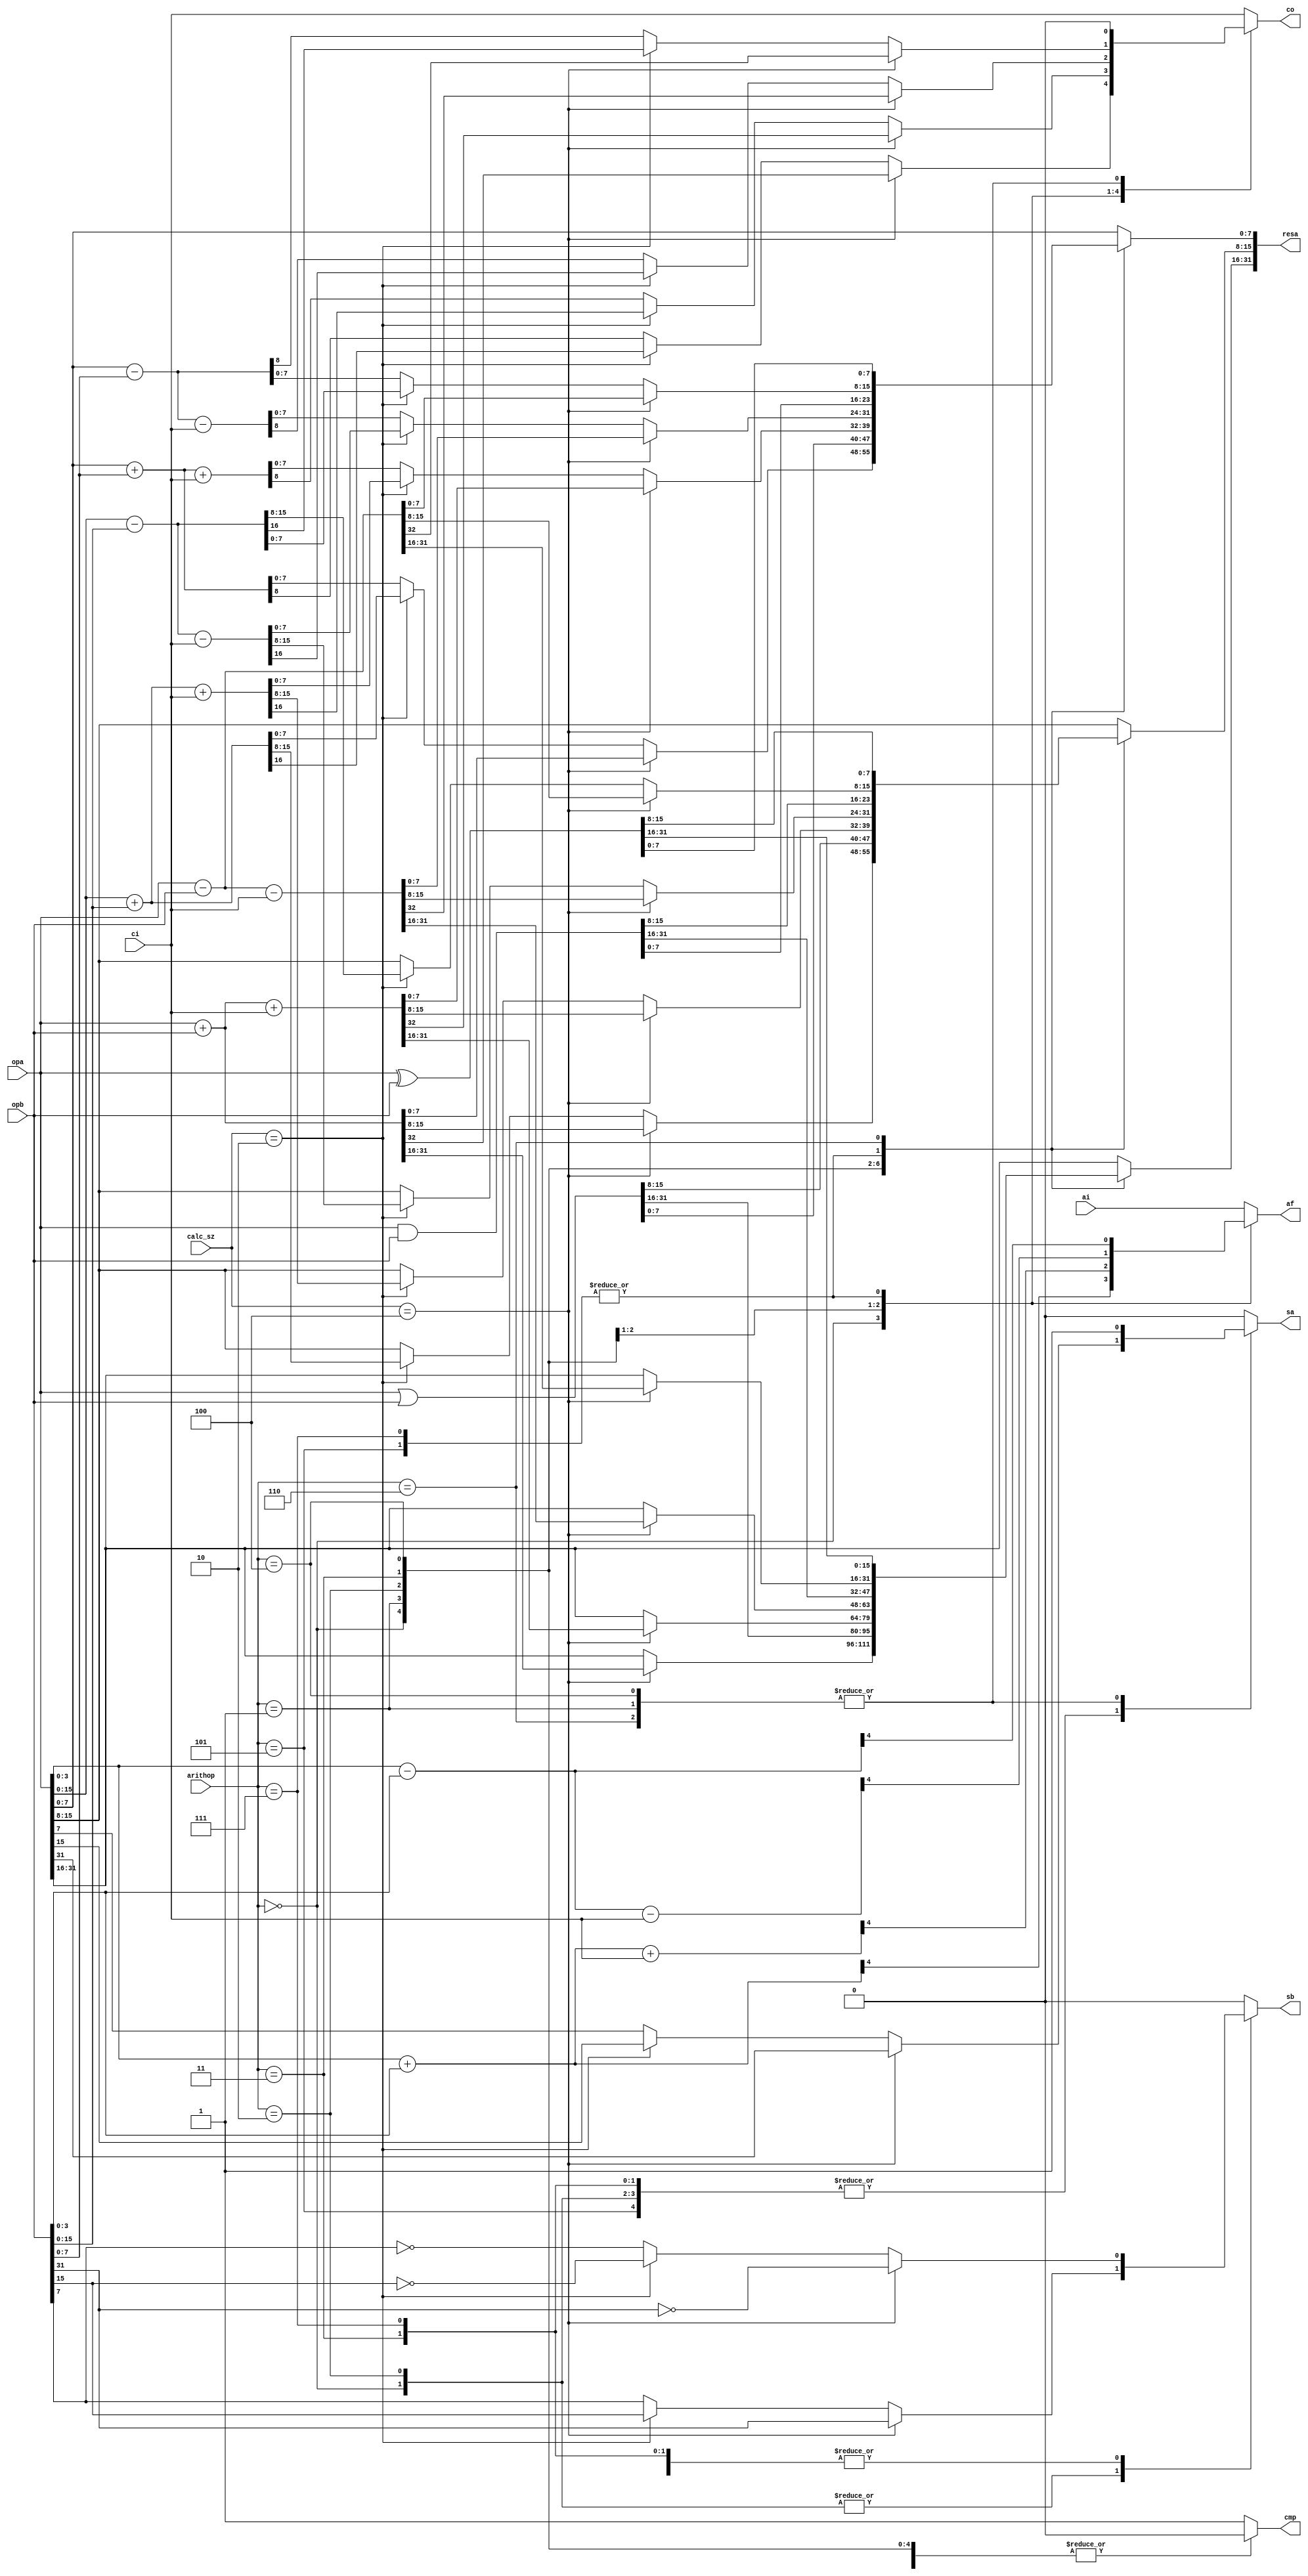
/* verilator lint_off WIDTH */
/* verilator lint_off UNUSED */
/* verilator lint_off COMBDLY */

module arithbox (arithop,calc_sz,ci,co,af,ai,sa,sb,opa,opb,resa,cmp);

input       [3:0] arithop;
input       [3:0] calc_sz;
input      [31:0] opa,opb;
output reg [31:0] resa;
input         ci,ai;
output reg    co,af,sa,sb,cmp;

wire        [4:0] af2,af3,af4,af5;

assign af2 = opa[3:0]+opb[3:0];
assign af3 = opa[3:0]+opb[3:0]+ci;
assign af4 = opa[3:0]-opb[3:0];
assign af5 = opa[3:0]-opb[3:0]-ci;

always @(*)
      case (arithop)
         4'b0000 : if (calc_sz==4) begin {co,resa[31:0]} <= opa[31:0] + opb[31:0]; sa<=opa[31]; sb<=opb[31]; af <= af2[4];                            cmp <=0; end else
        	   if (calc_sz==2) begin {co,resa[15:0]} <= opa[15:0] + opb[15:0]; sa<=opa[15]; sb<=opb[15]; af <= af2[4]; resa[31:16] <= opa[31:16]; cmp <=0; end else
        	    	           begin {co,resa[ 7:0]} <= opa[ 7:0] + opb[ 7:0]; sa<=opa[ 7]; sb<=opb[ 7]; af <= af2[4]; resa[31: 8] <= opa[31: 8]; cmp <=0; end // add
        	   
         4'b0001 :                 begin     resa[31:0]  <= opa[31:0] | opb[31:0]; sa<=     1 ; sb<= 0     ; af <= ai    ; co <= 0;   cmp <=0; end // or
         
         4'b0010 : if (calc_sz==4) begin {co,resa[31:0]} <= opa[31:0] + opb[31:0] + ci; sa<=opa[31]; sb<=opb[31]; af <= af3[4]; 			   cmp <=0; end else
        	   if (calc_sz==2) begin {co,resa[15:0]} <= opa[15:0] + opb[15:0] + ci; sa<=opa[15]; sb<=opb[15]; af <= af3[4]; resa[31:16] <= opa[31:16]; cmp <=0; end else
        	   		   begin {co,resa[ 7:0]} <= opa[ 7:0] + opb[ 7:0] + ci; sa<=opa[ 7]; sb<=opb[ 7]; af <= af3[4]; resa[31: 8] <= opa[31: 8]; cmp <=0; end // adc
        		 
         4'b0011 : if (calc_sz==4) begin {co,resa[31:0]} <= opa[31:0] - opb[31:0] - ci; sa<=opa[31]; sb<=~opb[31];af <= af5[4]; 			   cmp <=0; end else
        	   if (calc_sz==2) begin {co,resa[15:0]} <= opa[15:0] - opb[15:0] - ci; sa<=opa[15]; sb<=~opb[15];af <= af5[4]; resa[31:16] <= opa[31:16]; cmp <=0; end else
        	   		   begin {co,resa[ 7:0]} <= opa[ 7:0] - opb[ 7:0] - ci; sa<=opa[ 7]; sb<=~opb[ 7];af <= af5[4]; resa[31: 8] <= opa[31: 8]; cmp <=0; end // sbc & cmp
         
         4'b0100 :                 begin     resa[31:0]  <= opa[31:0] & opb[31:0]; sa<=1      ; sb<= 0      ; af <= ai    ; co <= 0; cmp <= 0; end // and
         
         4'b0111 : begin
        	   if (calc_sz==4) begin {co,resa[31:0]} <= opa[31:0] - opb[31:0]; sa<=opa[31]; sb<=~opb[31]; af <= af4[4]; cmp <=1;                            end else
        	   if (calc_sz==2) begin {co,resa[15:0]} <= opa[15:0] - opb[15:0]; sa<=opa[15]; sb<=~opb[15]; af <= af4[4]; cmp <=1; resa[31:16] <= opa[31:16]; end else
        	   	           begin {co,resa[ 7:0]} <= opa[ 7:0] - opb[ 7:0]; sa<=opa[ 7]; sb<=~opb[ 7]; af <= af4[4]; cmp <=1; resa[31: 8] <= opa[31: 8]; end // sub
                   end
        		 
         4'b0101 : if (calc_sz==4) begin {co,resa[31:0]} <= opa[31:0] - opb[31:0]; sa<=opa[31]; sb<=~opb[31]; af <= af4[4]; cmp <=0; 			        end else
        	   if (calc_sz==2) begin {co,resa[15:0]} <= opa[15:0] - opb[15:0]; sa<=opa[15]; sb<=~opb[15]; af <= af4[4]; cmp <=0; resa[31:16] <= opa[31:16]; end else
        	   		   begin {co,resa[ 7:0]} <= opa[ 7:0] - opb[ 7:0]; sa<=opa[ 7]; sb<=~opb[ 7]; af <= af4[4]; cmp <=0; resa[31: 8] <= opa[31: 8]; end // sub
         
         4'b0110 :                 begin     resa[31:0]  <= opa[31:0] ^ opb[31:0]; sa<=     1 ; sb<=    0   ; af <= ai; co <= 0;  cmp <=0; end // xor
	 default :                 begin     resa[31:0]  <= opa[31:0]            ; sa <=    0 ; sb<=    0   ; af <= ai; co <= ci; cmp <=1; end
      endcase   


endmodule